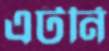
এটর্নি